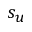
s _ { u }